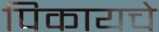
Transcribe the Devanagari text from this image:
पिकायचे